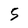
Character: 5